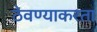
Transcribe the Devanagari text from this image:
ठेवण्याकरता